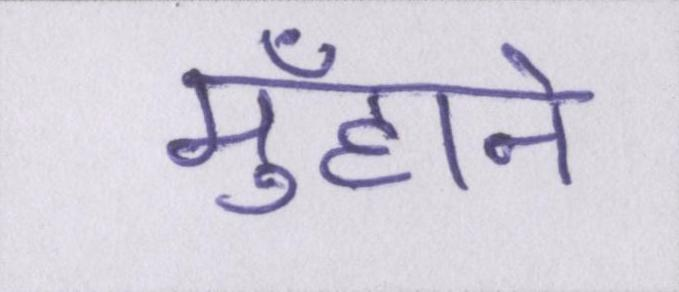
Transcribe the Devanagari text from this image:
मुँहाने